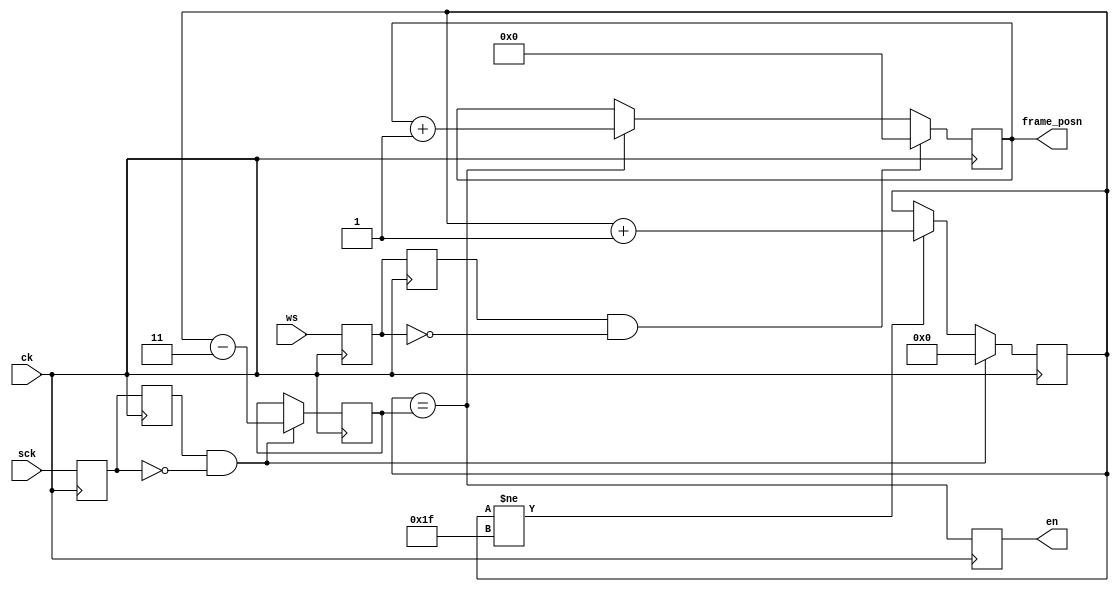
module i2s_secondary
    #(parameter WIDTH=5)
    (input wire ck,
    input wire sck,
    input wire ws,
    output reg en,
    output reg [5:0] frame_posn
);

    localparam S_MAX = (1 << WIDTH) - 1;

    initial frame_posn = 0;
    initial en = 0;

    // need to align the input signals to the ck
    // as they may be external async signals

    reg ws0, sck0;

    always @(posedge ck) begin
        sck0 <= sck;
        ws0  <= ws;
    end

    // find the start of the frame using delayed ws
    reg prev_ws = 0;

    // find a clock enable using delayed sck
    reg prev_sck = 0;
    wire ck_in;
    wire start_frame;

    always @(posedge ck) begin
        prev_ws <= ws0;
        prev_sck <= sck0;
    end    

    // These signals are both delayed by one clock
    assign start_frame = prev_ws & !ws0;
    assign ck_in = prev_sck && !sck0;

    // count the clocks in an sck period to see how long it is
    reg [(WIDTH-1):0] prescale = 0;
    reg [(WIDTH-1):0] match = 0;

    always @(posedge ck) begin

        if (ck_in) begin 
            prescale <= 0;
            match <= prescale - 3;
        end else begin
            if (prescale != S_MAX) begin
                prescale <= prescale + 1;
            end
        end

    end

    // when prescale == match, we are 2 clocks before the ck_in signal
    // which means we lead the sck by one clock period.
    wire start_sck;
    assign start_sck = prescale == match;

    always @(posedge ck) begin

        en <= start_sck;

        if (start_sck) begin
            frame_posn <= frame_posn + 1;
        end

        if (start_frame) begin
            frame_posn <= 0;
        end

    end

endmodule